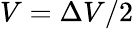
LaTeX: V=\Delta V/2